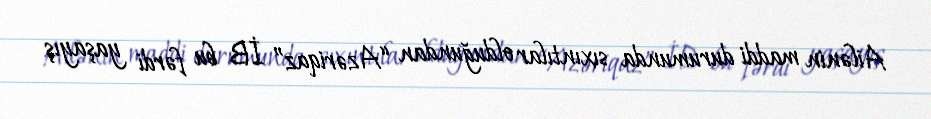
Ailənin maddi durumunda sıxıntılar olduğundan “Azəriqaz” İB bu fərdi yaşayış